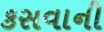
કસવાની